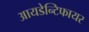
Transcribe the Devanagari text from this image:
आयडेन्टिफायर